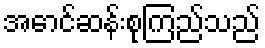
အောင်ဆန်းစုကြည်သည်